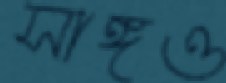
সাঙ্গও